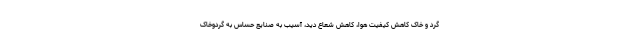
گرد و خاک کاهش کیفیت هوا، کاهش شعاع دید، آسیب به صنایع حساس به گردوخاک